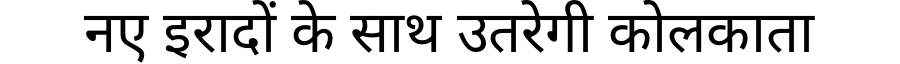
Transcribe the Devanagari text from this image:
नए इरादों के साथ उतरेगी कोलकाता